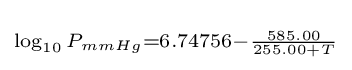
\scriptstyle \log _{10}P_{mmHg}=6.74756-{\frac {585.00}{255.00+T}}